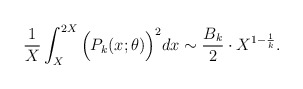
\begin{align*} \frac{1}{X}\int_{X}^{2X} \Big(P_k(x;\theta) \Big)^2 dx\sim \frac{ B_k}{2} \cdot X^{1-\frac1k}.\end{align*}